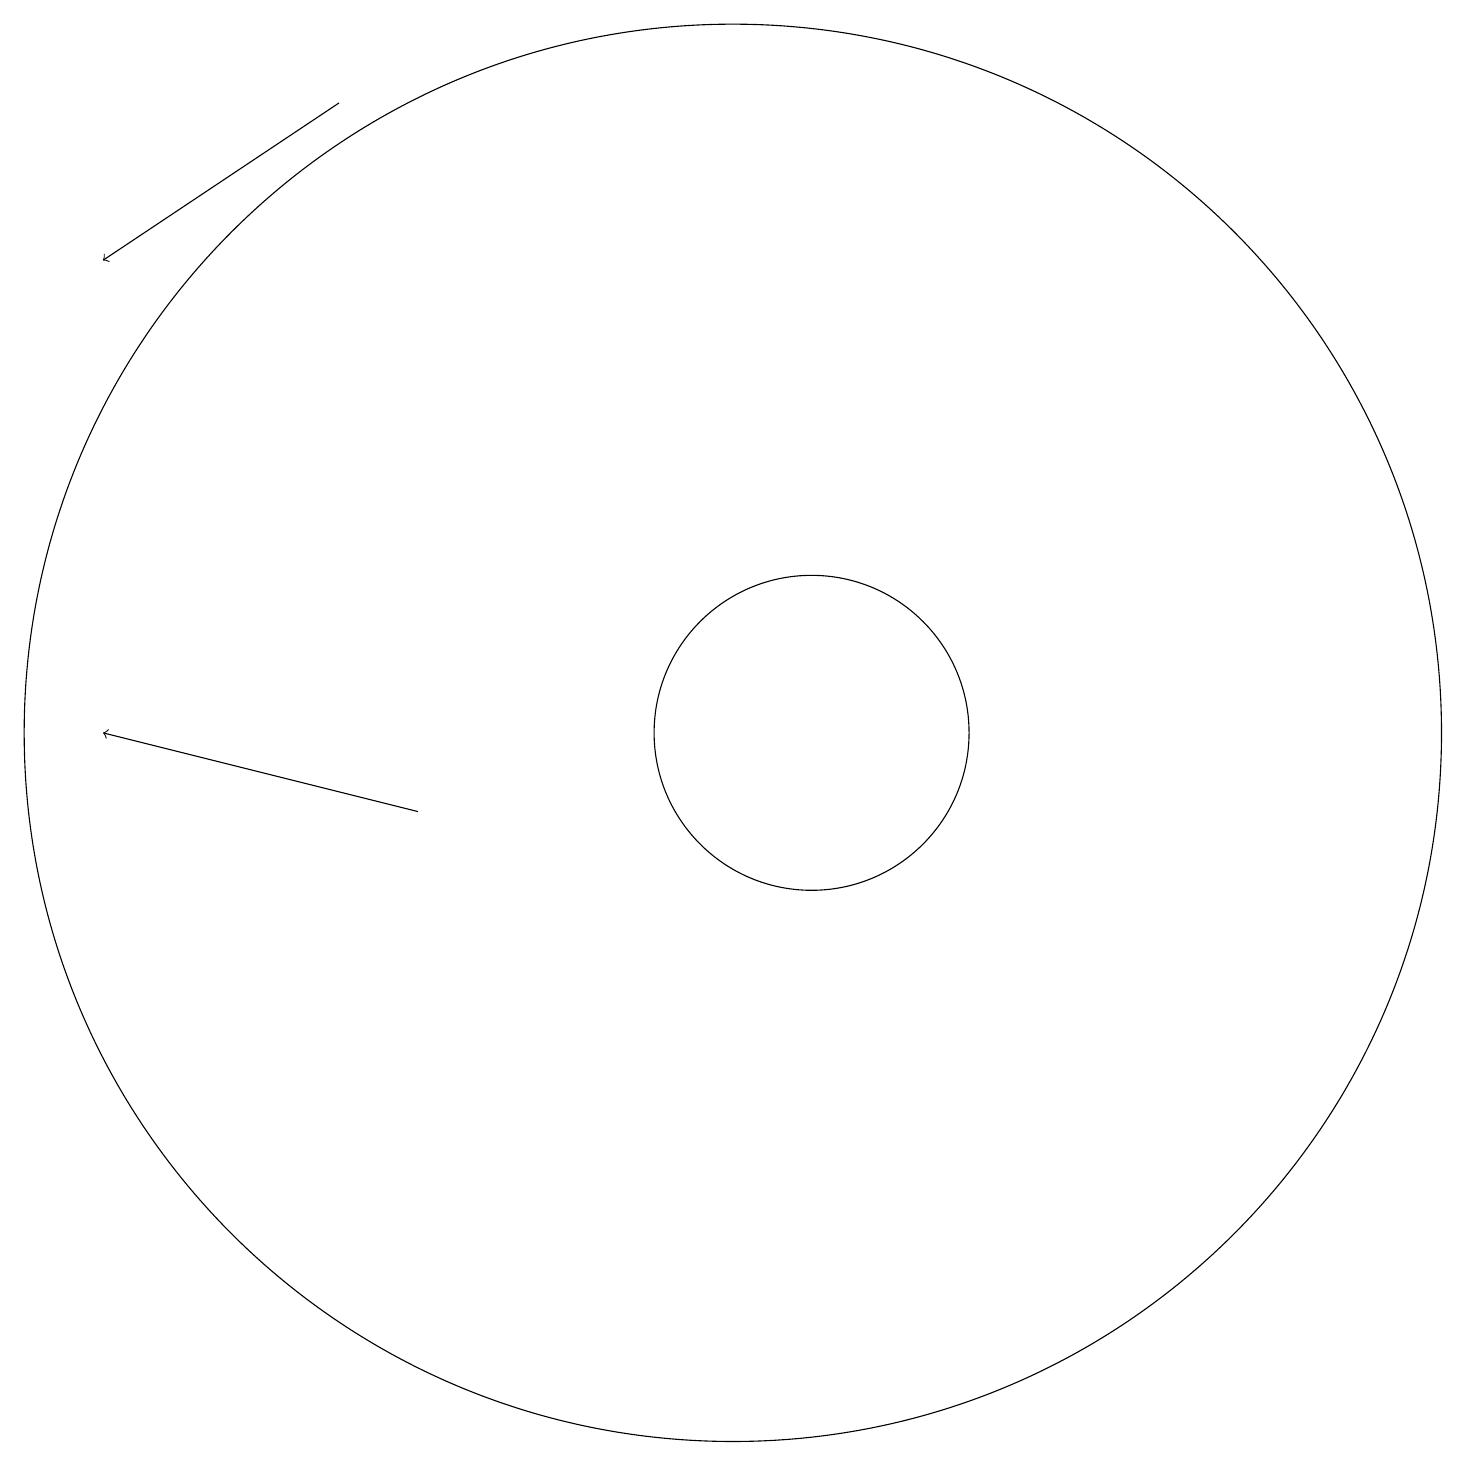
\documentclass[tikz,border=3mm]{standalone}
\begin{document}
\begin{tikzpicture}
\draw (11,11) circle (2);
\draw (10,11) circle (9);
\draw[->] (5,19) -- (2,17);
\draw[->] (6,10) -- (2,11);
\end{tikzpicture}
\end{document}